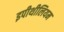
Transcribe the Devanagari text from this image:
इपीथीलियम